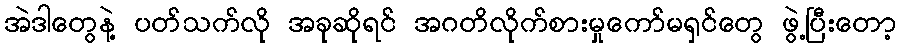
အဲဒါတွေနဲ့ ပတ်သက်လို အခုဆိုရင် အဂတိလိုက်စားမှုကော်မရှင်တွေ ဖွဲ့ပြီးတော့